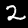
Digit: 2